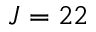
J = 2 2